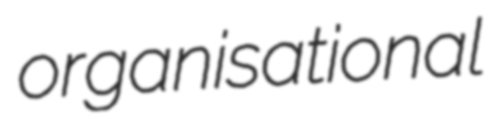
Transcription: organisational